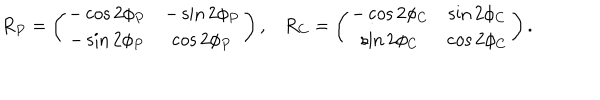
\begin{array} { c c } { { R _ { P } = \left( \begin{array} { c c } { { - \cos 2 \phi _ { P } } } & { { - \sin 2 \phi _ { P } } } \\ { { - \sin 2 \phi _ { P } } } & { { \cos 2 \phi _ { P } } } \\ \end{array} \right) , } } & { { R _ { C } = \left( \begin{array} { c c } { { - \cos 2 \phi _ { C } } } & { { \sin 2 \phi _ { C } } } \\ { { \sin 2 \phi _ { C } } } & { { \cos 2 \phi _ { C } } } \\ \end{array} \right) . } } \\ \end{array}